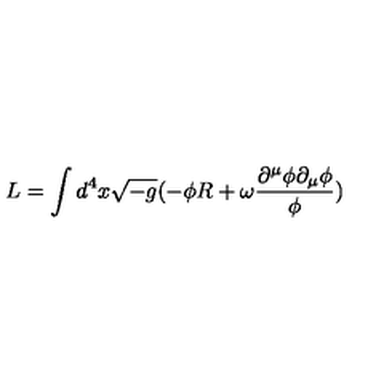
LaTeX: L = \int { d ^ { 4 } x \sqrt { - g } ( - { \phi } R + { \omega } \frac { { \partial } ^ { \mu } { \phi } { \partial } _ { \mu } { \phi } } { \phi } ) }